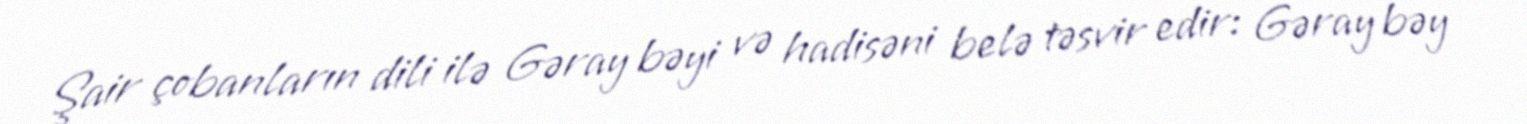
Şair çobanların dili ilə Gəray bəyi və hadisəni belə təsvir edir: Gəray bəy